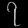
Digit: ၇